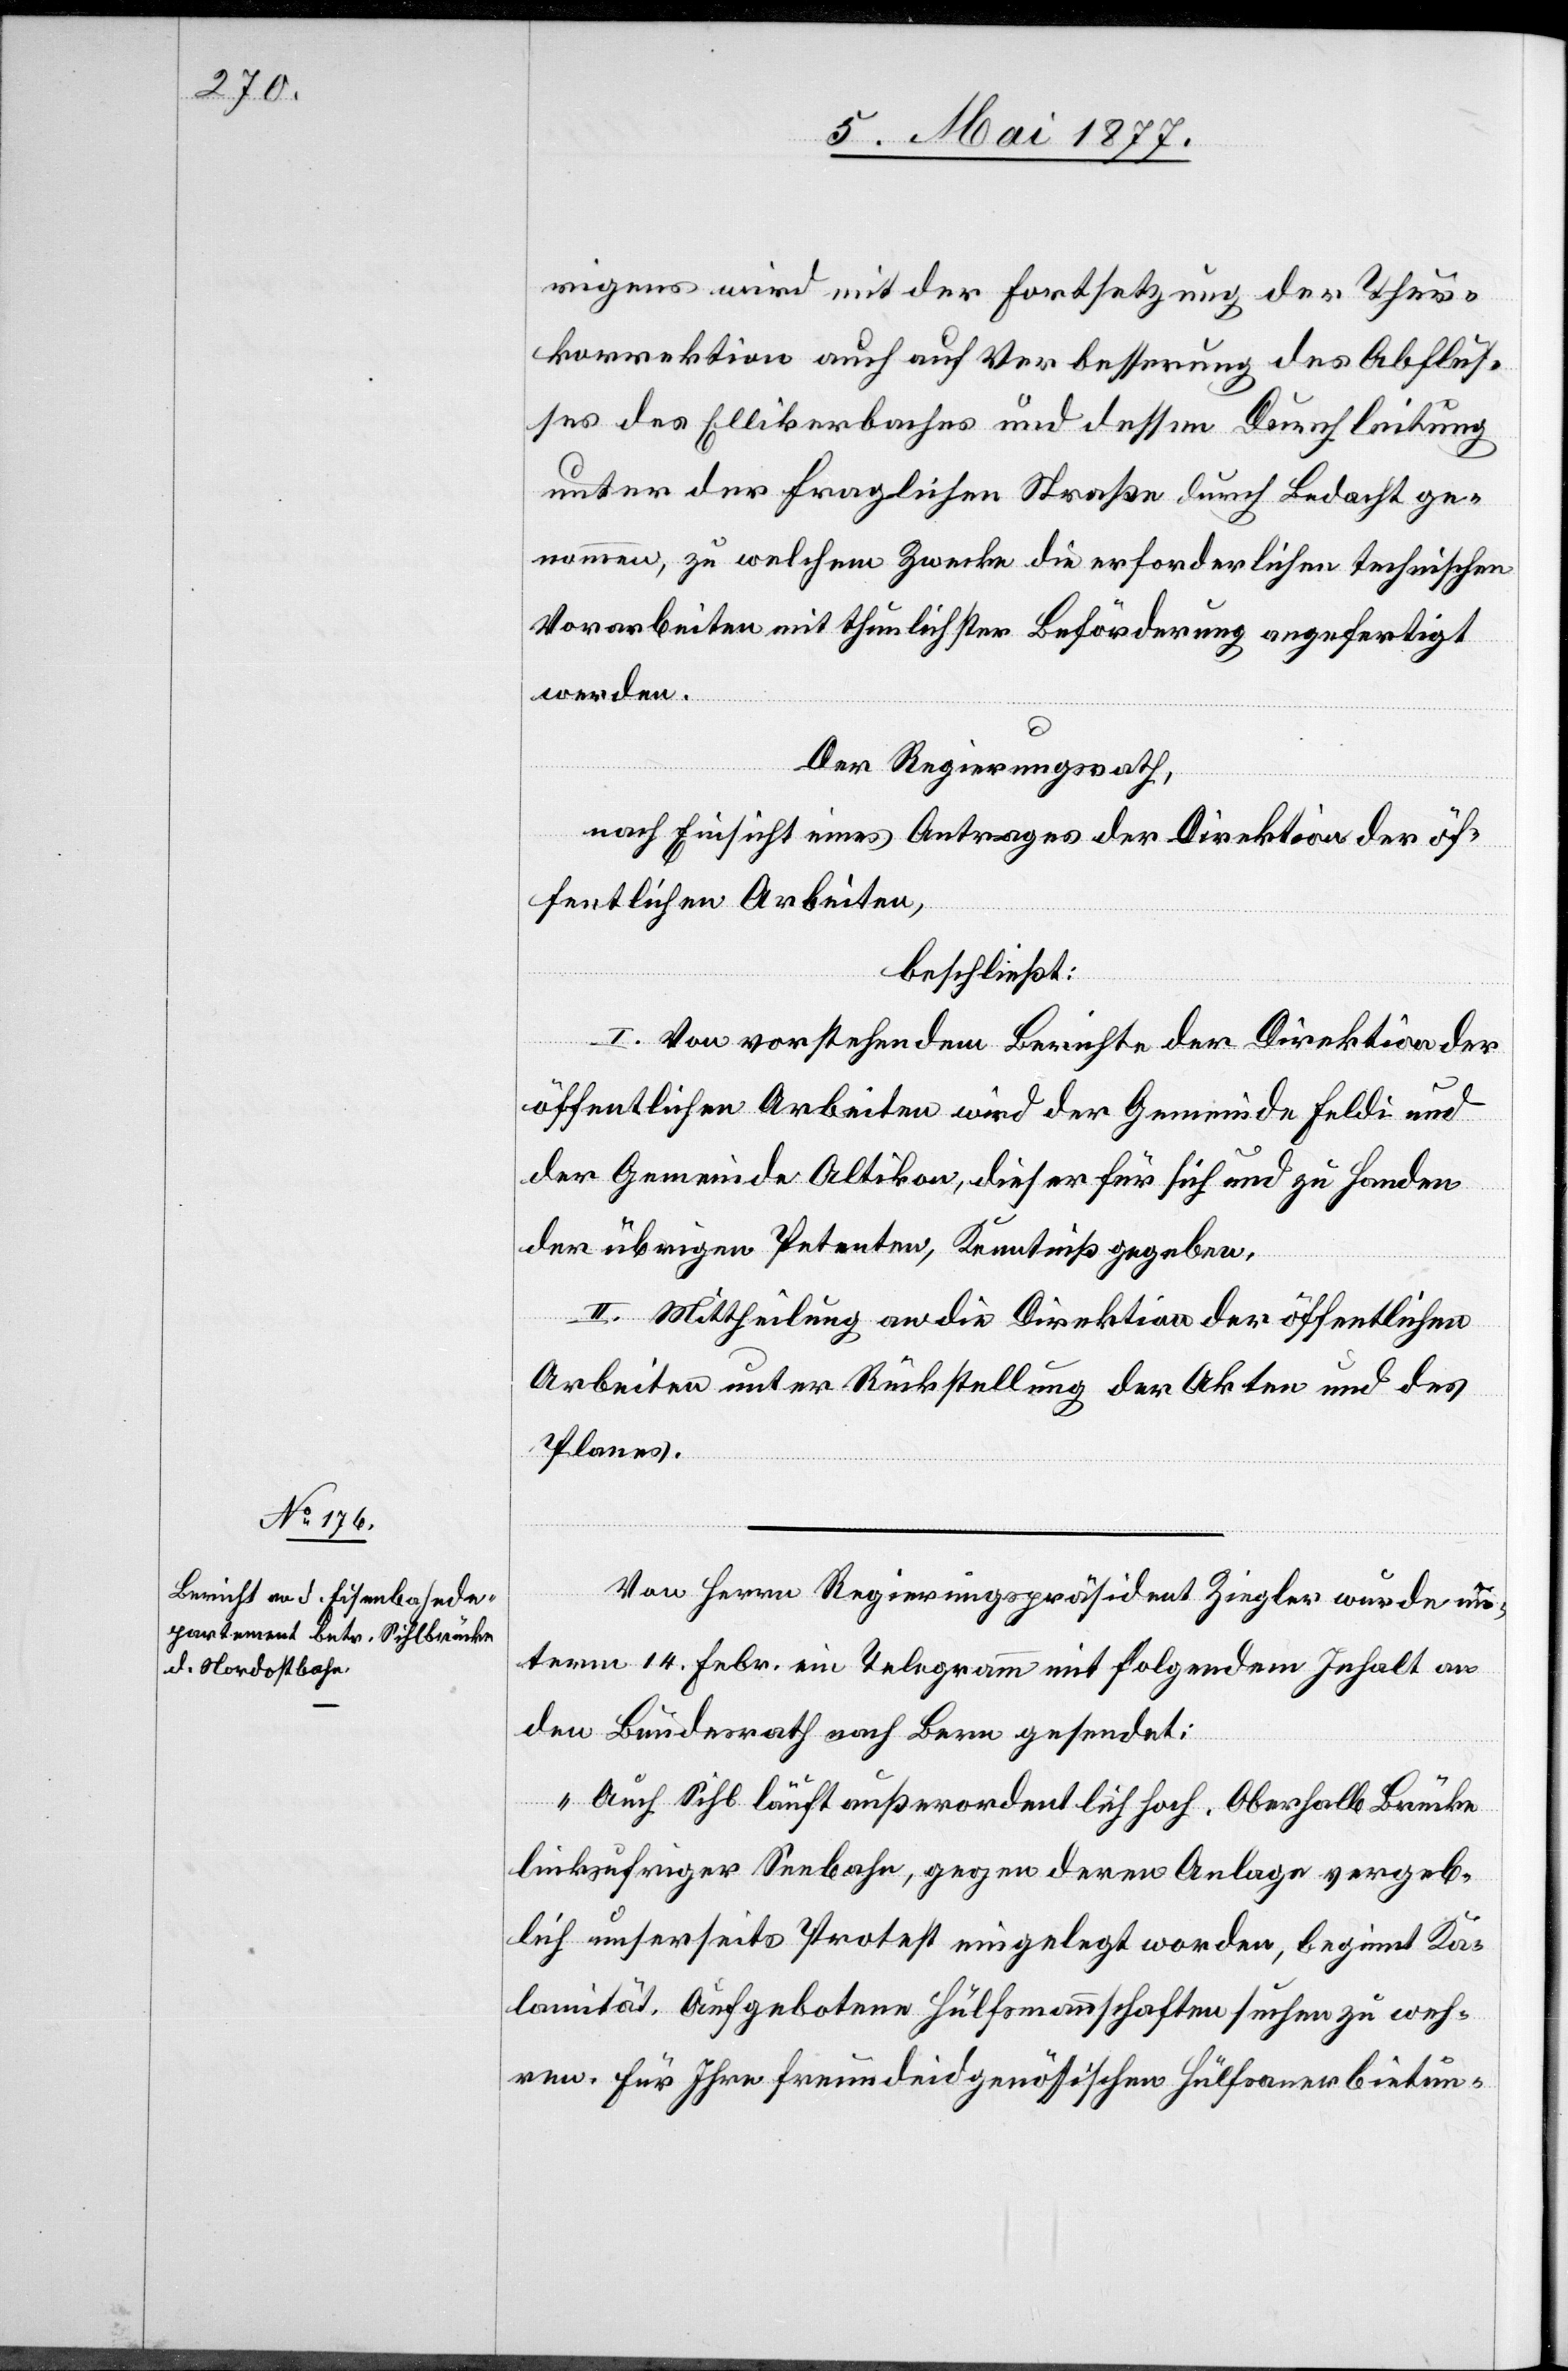
rigens wird mit der Fortsetzung der Thur¬
korrektion auch auf Verbesserung des Abflus¬
ses des Ellikerbaches und dessen Durchleitung
unter der fraglichen Straße durch Bedacht ge¬
nommen, zu welchem Zwecke die erforderlichen technischen
Vorarbeiten mit thunlichster Beförderung angefertigt
werden.
Der Regierungsrath,
nach Einsicht eines Antrages der Direktion der öf¬
fentlichen Arbeiten,
beschließt:
I. Von vorstehendem Berichte der Direktion der
öffentlichen Arbeiten wird der Gemeinde Feldi und
der Gemeinde Altikon, dieser für sich und zu Handen
der übrigen Petenten, Kenntniß gegeben.
II. Mittheilung an die Direktion der öffentlichen
Arbeiten unter Rückstellung der Akten und des
Planes.